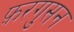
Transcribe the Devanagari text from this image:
फ़रगुसन